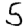
Digit: 5